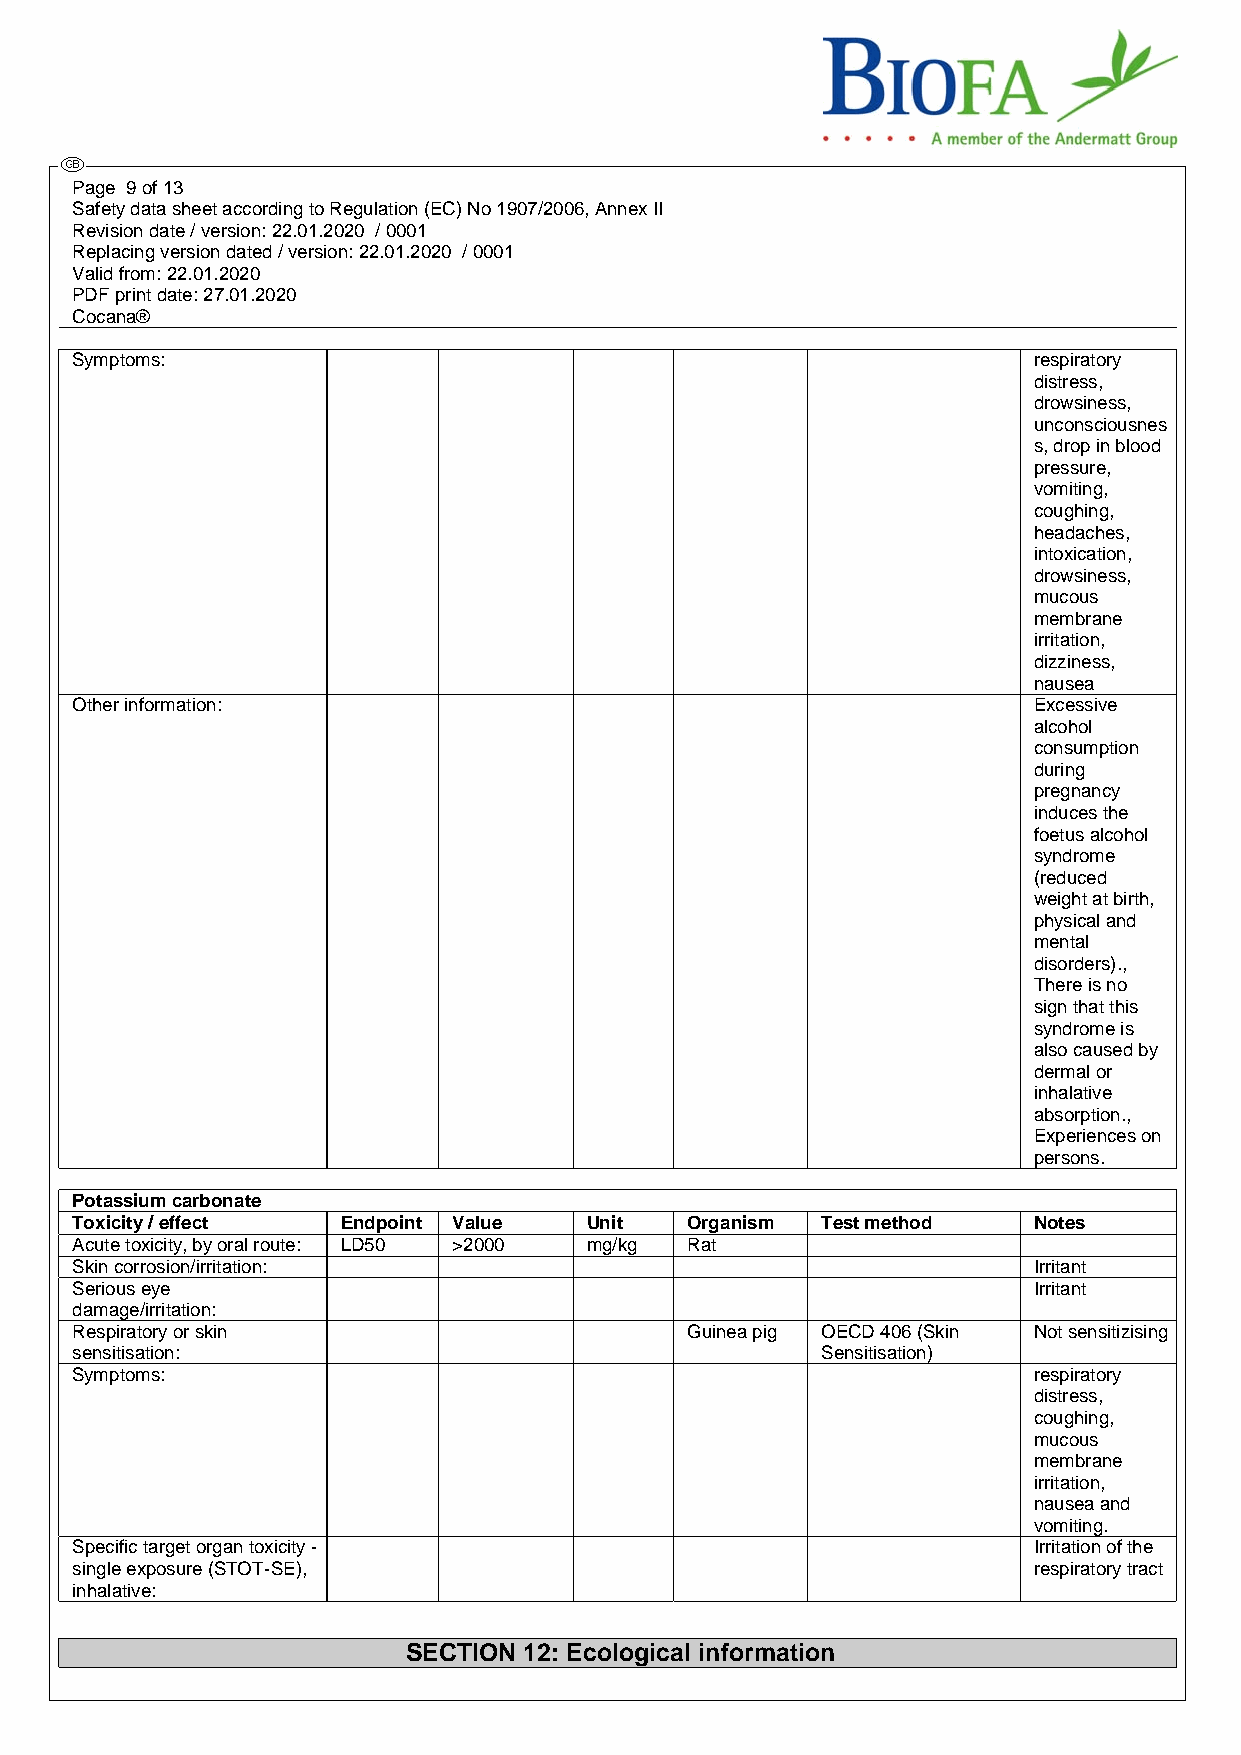
Page 9 of 13
 Safety data sheet according to Regulation (EC) No 1907/2006, Annex II
 Revision date / version: 22.01.2020 / 0001
 Replacing version dated / version: 22.01.2020 / 0001
 Valid from: 22.01.2020
 PDF print date: 27.01.2020
 Cocana®
 Symptoms:                                                      respiratory
 distress,
 drowsiness,
 unconsciousnes
 s, drop in blood
 pressure,
 vomiting,
 coughing,
 headaches,
 intoxication,
 drowsiness,
 mucous
 membrane
 irritation,
 dizziness,
 nausea
 Other information:                                             Excessive
 alcohol
 consumption
 during
 pregnancy
 induces the
 foetus alcohol
 syndrome
 (reduced
 weight at birth,
 physical and
 mental
 disorders).,
 There is no
 sign that this
 syndrome is
 also caused by
 dermal or
 inhalative
 absorption.,
 Experiences on
 persons.
 Potassium carbonate
 Toxicity / effect Endpoint Value  Unit  Organism Test method   Notes
 Acute toxicity, by oral route: LD50 >2000 mg/kg Rat
 Skin corrosion/irritation:                                     Irritant
 Serious eye                                                    Irritant
 damage/irritation:
 Respiratory or skin                     Guinea pig OECD 406 (Skin Not sensitizising
 sensitisation:                                   Sensitisation)
 Symptoms:                                                      respiratory
 distress,
 coughing,
 mucous
 membrane
 irritation,
 nausea and
 vomiting.
 Specific target organ toxicity -                               Irritation of the
 single exposure (STOT-SE),                                     respiratory tract
 inhalative:
 SECTION 12: Ecological information